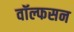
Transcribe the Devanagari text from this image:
वॉल्फसन